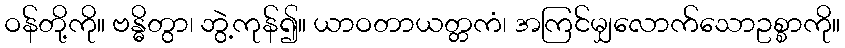
ဝန်တို့ကို။ ဗန္ဓိတွာ၊ ဘွဲ့ကုန်၍။ ယာဝတာယတ္တကံ၊ အကြင်မျှလောက်သောဥစ္စာကို။